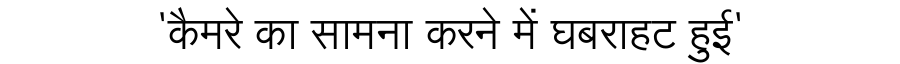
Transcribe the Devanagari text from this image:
'कैमरे का सामना करने में घबराहट हुई'